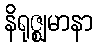
နိရုဇ္ဈမာနာ